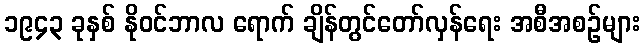
၁၉၄၃ ခုနှစ် နိုဝင်ဘာလ ရောက် ချိန်တွင်တော်လှန်ရေး အစီအစဉ်များ